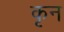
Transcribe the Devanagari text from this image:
कृन